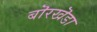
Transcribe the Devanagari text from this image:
बॊरखॆडा